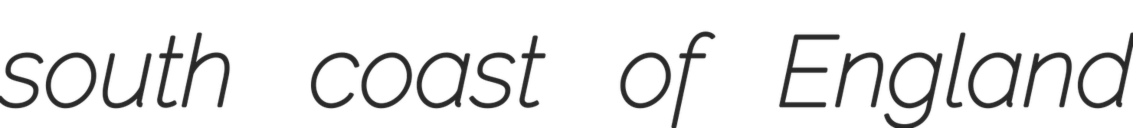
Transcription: south coast of England